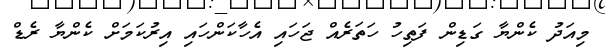
މިއަދު ކެންޔާ ގަޑިން ފަތިހު ހަތަރެއް ޖަހައި އެހާކަންހައި އިރުކަމަށް ކެންޔާ ރެޑް